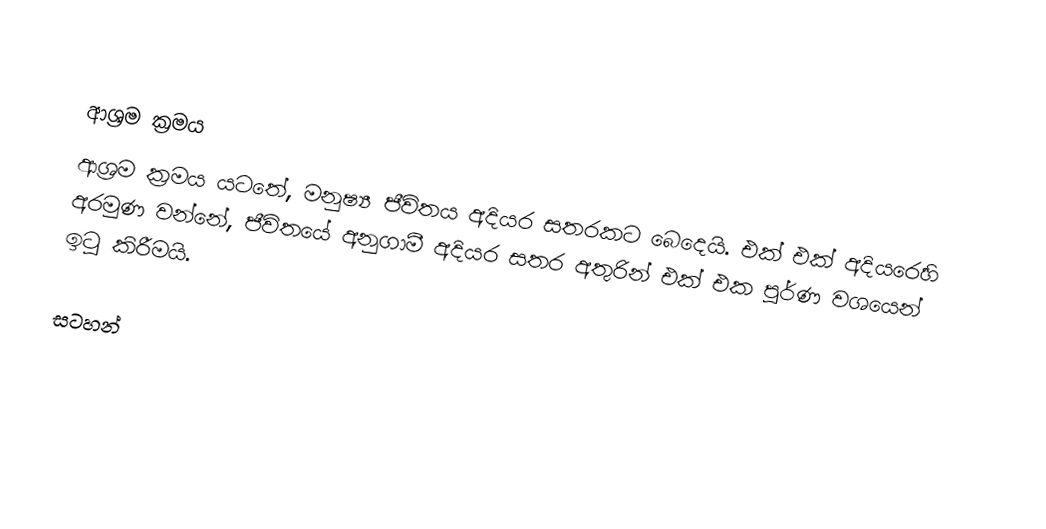

ආශ්‍රම ක්‍රමය
ආශ්‍රම ක්‍රමය යටතේ, මනුෂ්‍ය ජීවිතය අදියර සතරකට බෙදෙයි. එක් එක් අදියරෙහි අරමුණ වන්නේ, ජීවිතයේ  අනුගාමී අදියර සතර අතුරින් එක් එක  පූර්ණ වශයෙන් ඉටු කිරීමයි.

සටහන්